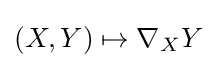
(X,Y)\mapsto \nabla _{X}Y